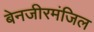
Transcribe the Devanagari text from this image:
बेनजीरमंजिल